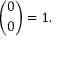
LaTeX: { \binom { 0 } { 0 } } = 1 .